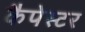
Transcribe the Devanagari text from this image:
कैपेस्टर